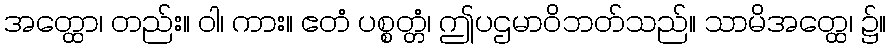
အတ္ထော၊ တည်း။ ဝါ၊ ကား။ ဧတံ ပစ္စတ္တံ၊ ဤပဌမာဝိဘတ်သည်။ သာမိအတ္ထေ၊ ၌။